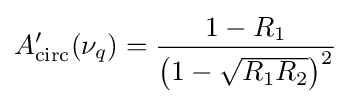
A_{\text{circ}}^{\prime }(\nu _{q})={\frac {1-R_{1}}{\left(1-{\sqrt {R_{1}R_{2}}}\right)^{2}}}